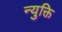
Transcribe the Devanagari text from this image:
न्युक्ति